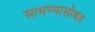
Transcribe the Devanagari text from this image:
साधण्यासोबत